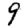
Digit: 9